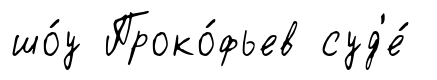
шо́у Проко́фьев суд'е́